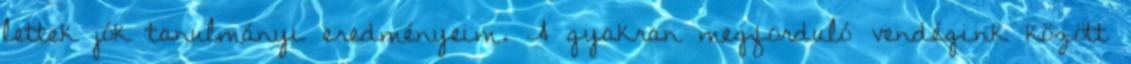
lettek jók tanulmányi eredményeim. A gyakran megforduló vendégink között